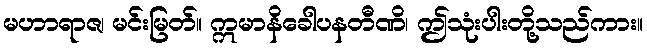
မဟာရာဇ၊ မင်းမြတ်။ ဣမာနိခေါပနတီဏိ၊ ဤသုံးပါးတို့သည်ကား။